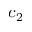
c _ { 2 }